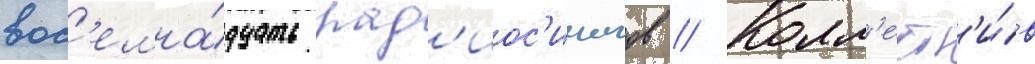
вос'емна́дцать рад'иос'инглов // Колл'ект'и́в